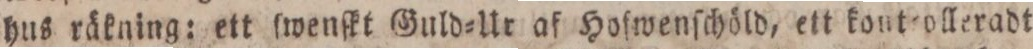
hus räkning: ett ſwenſkt Guld=Ur af Hofwenſchöld, ett kont=olleradt